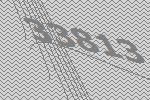
33813